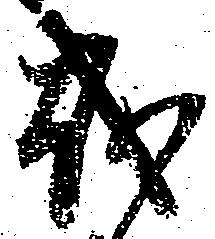
越